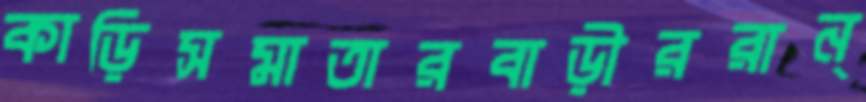
কাড়িসমাতারবাড়ীররান্